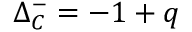
\Delta _ { C } ^ { - } = - 1 + q